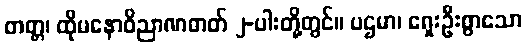
တတ္တ၊ ထိုမနောဝိညာဏဓာတ် ၂-ပါးတို့တွင်။ ပဌမာ၊ ရှေးဦးစွာသော